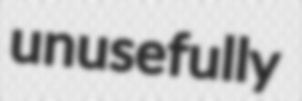
unusefully